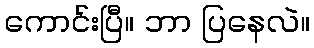
ကောင်းပြီ။ ဘာ ပြနေလဲ။